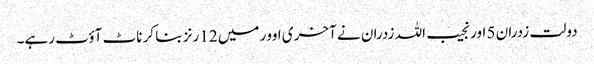
دولت زدران 5 اور نجیب اللہ زدران نے آخری اوور میں 12 رنز بنا کر ناٹ آؤٹ رہے۔